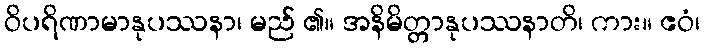
ဝိပရိဏာမာနုပဿနာ၊ မည် ၏။ အနိမိတ္တာနုပဿနာတိ၊ ကား။ ဧဝံ၊